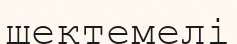
шектемелі